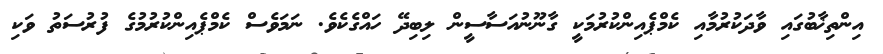
އިންތިޚާބުގައި ވާދަކުރުމާއި ކެމްޕެއިންކުރުމަކީ ގާނޫނުއަސާސީން ލިބިދޭ ހައްގެކެވެ. ނަމަވެސް ކެމްޕެއިންކުރުމުގެ ފުރުސަތު ވަކި